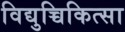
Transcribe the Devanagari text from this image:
विद्युच्चिकित्सा